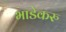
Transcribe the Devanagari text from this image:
भाडेकरु